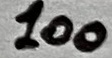
Text: 100